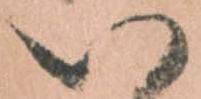
い